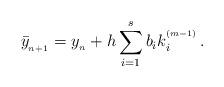
LaTeX: \begin{align*}\bar{y}_{_{n+1}}=y_{_n}+h\displaystyle\sum\limits_{i=1}^{s} b_{i}k_{i}^{^{(m-1)}} \, .\end{align*}